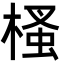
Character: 㮻